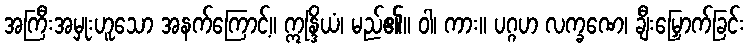
အကြီးအမှုးဟူသော အနက်ကြောင့်။ ဣန္ဒြိယံ၊ မည်၏။ ဝါ၊ ကား။ ပဂ္ဂဟ လက္ခဏေ၊ ချီးမြှောက်ခြင်း